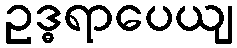
ဥဒ္ဓရာပေယျ